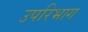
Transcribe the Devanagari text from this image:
उपरिभाग